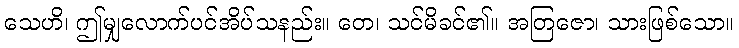
သေဟိ၊ ဤမျှလောက်ပင်အိပ်သနည်း။ တေ၊ သင်မိခင်၏။ အတြဇော၊ သားဖြစ်သော။